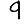
Digit: 9